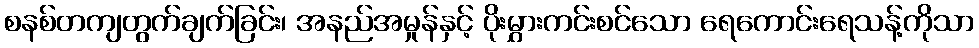
စနစ်တကျတွက်ချက်ခြင်း၊ အနည်အမှုန်နှင့် ပိုးမွှားကင်းစင်သော ရေကောင်းရေသန့်ကိုသာ